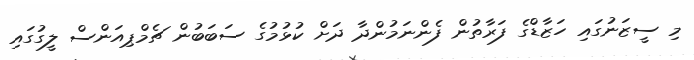
މި ސީޒަނުގައި ހަޒާޑްގެ ފަރާތުން ފެންނަމުންދާ ދަށް ކުޅުމުގެ ސަބަބުން ޗެމްޕިއަންސް ލީގުގައި